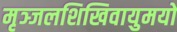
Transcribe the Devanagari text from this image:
मृञ्जलशिखिवायुमयो